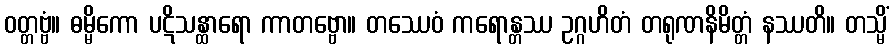
ဝတ္တဗ္ဗံ။ ဓမ္မိကော ပဋိသန္ထာရော ကာတဗ္ဗော။ တဿေဝံ ကရောန္တဿ ဥဂ္ဂဟိတံ တရုဏနိမိတ္တံ နဿတိ။ တသ္မိံ